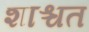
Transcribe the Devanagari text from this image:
शाश्चत